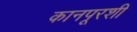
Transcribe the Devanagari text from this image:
कानपूरशी